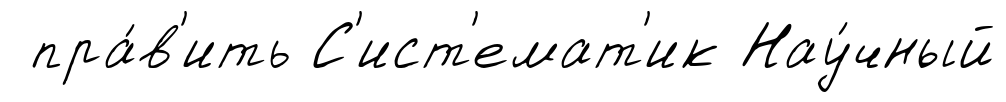
пра́в'ить С'ист'емат'ик Нау́чный